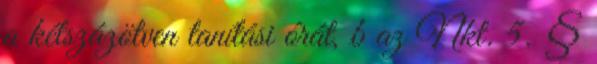
a kétszázötven tanítási órát, b az Nkt. 5. §